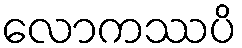
လောကဿပိ